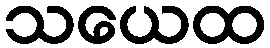
သယေထ